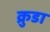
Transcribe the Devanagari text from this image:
क्रुडा